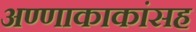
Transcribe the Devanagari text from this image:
अण्णाकाकांसह